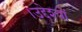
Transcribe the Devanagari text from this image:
।उद्देश्यों